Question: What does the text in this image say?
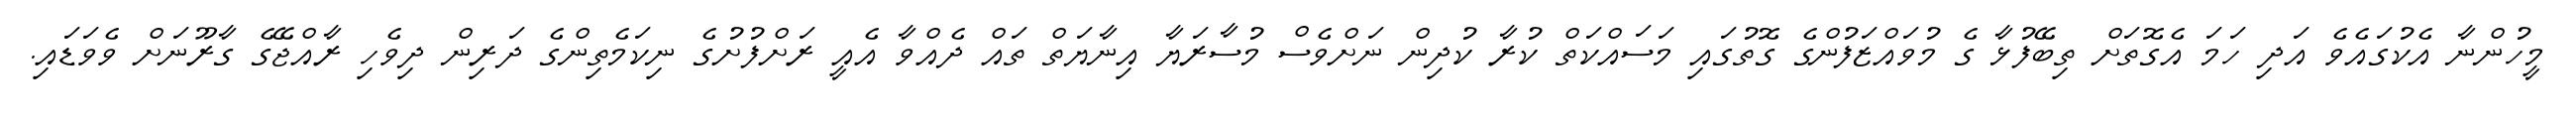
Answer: މީހުންނާ އެކުގައެވެ އަދި ހަމަ އެގޮތަށް ތިބޭފުޅާ ގެ މުވައްޒަފުންގެ ގޮތުގައި މަސައްކަތް ކުރާ ކުދިން ނަށްވެސް މުސާރަޔާ އިނާޔަތް ތައް ދެއްވާ އެއީ ރަށްފުށުގެ ނިކަމެތިންގެ ދަރިން ދިވެހި ރާއްޖޭގެ ގާރޫނަށް ވެވަޑައި.